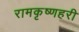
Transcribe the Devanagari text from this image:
रामकृष्णहरी